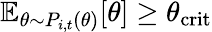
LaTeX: \mathbb{E}_{\theta\sim P_{i,t}(\theta)}[\theta]\geq\theta_{\mathrm{crit}}